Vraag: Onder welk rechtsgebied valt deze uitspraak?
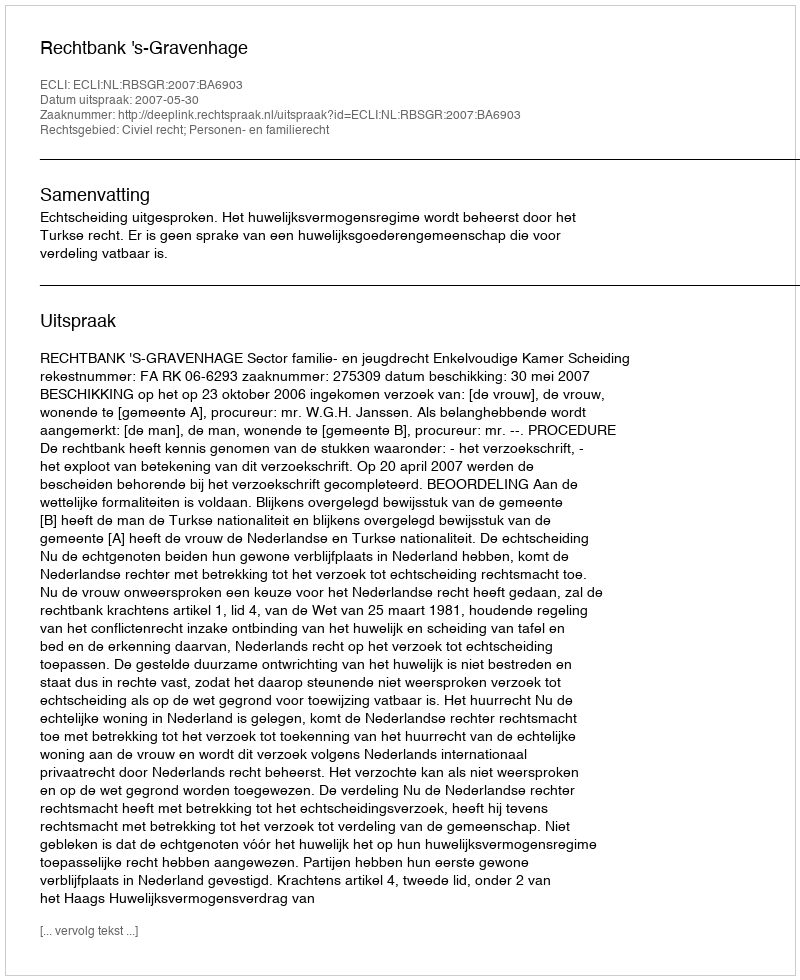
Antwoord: Civiel recht; Personen- en familierecht